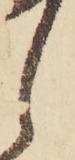
し